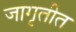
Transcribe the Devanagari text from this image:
जागृतीत